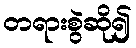
တရားစွဲဆို၍